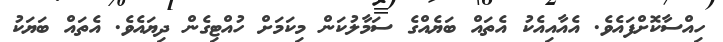
ހިއްސާކޮށްފައެވެ. އެއާއިއެކު އެތައް ބަޔެއްގެ ސަމާލުކަން މިކަމަށް ހުއްޓިގެން ދިޔައެވެ. އެތައް ބަޔަކު